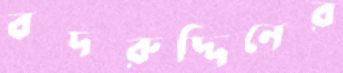
বদরুদ্দিনের